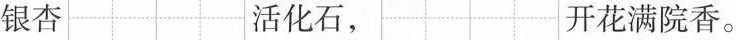
银杏 活化石， 开花满院香。